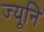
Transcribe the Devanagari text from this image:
ज्यूनि